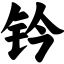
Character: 钤